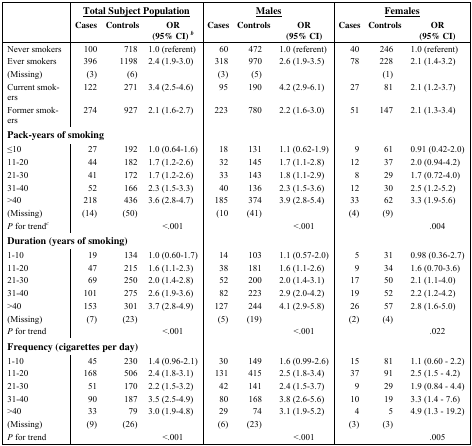
<table><thead><tr><td></td><td colspan="3"><b><underline>Total Subject Population</underline></b></td><td colspan="3"><b><underline>Males</underline></b></td><td colspan="3"><b><underline>Females</underline></b></td></tr><tr><td></td><td><b>Cases</b></td><td><b>Controls</b></td><td><b>OR (95% CI)<sup><i>b</i></sup></b></td><td><b>Cases</b></td><td><b>Controls</b></td><td><b>OR (95% CI)</b></td><td><b>Cases</b></td><td><b>Controls</b></td><td><b>OR (95% CI)</b></td></tr></thead><tbody><tr><td>Never smokers</td><td>100</td><td>718</td><td>1.0 (referent)</td><td>60</td><td>472</td><td>1.0 (referent)</td><td>40</td><td>246</td><td>1.0 (referent)</td></tr><tr><td>Ever smokers</td><td>396</td><td>1198</td><td>2.4 (1.9–3.0)</td><td>318</td><td>970</td><td>2.6 (1.9–3.5)</td><td>78</td><td>228</td><td>2.1 (1.4–3.2)</td></tr><tr><td>(Missing)</td><td>(3)</td><td>(6)</td><td></td><td>(3)</td><td>(5)</td><td></td><td></td><td>(1)</td><td></td></tr><tr><td>Current smokers</td><td>122</td><td>271</td><td>3.4 (2.5–4.6)</td><td>95</td><td>190</td><td>4.2 (2.9–6.1)</td><td>27</td><td>81</td><td>2.1 (1.2–3.7)</td></tr><tr><td>Former smokers</td><td>274</td><td>927</td><td>2.1 (1.6–2.7)</td><td>223</td><td>780</td><td>2.2 (1.6–3.0)</td><td>51</td><td>147</td><td>2.1 (1.3–3.4)</td></tr><tr><td colspan="10"><b>Pack-years of smoking</b></td></tr><tr><td>≤ 10</td><td>27</td><td>192</td><td>1.0 (0.64–1.6)</td><td>18</td><td>131</td><td>1.1 (0.62–1.9)</td><td>9</td><td>61</td><td>0.91 (0.42–2.0)</td></tr><tr><td>11–20</td><td>44</td><td>182</td><td>1.7 (1.2–2.6)</td><td>32</td><td>145</td><td>1.7 (1.1–2.8)</td><td>12</td><td>37</td><td>2.0 (0.94–4.2)</td></tr><tr><td>21–30</td><td>41</td><td>172</td><td>1.7 (1.2–2.6)</td><td>33</td><td>143</td><td>1.8 (1.1–2.9)</td><td>8</td><td>29</td><td>1.7 (0.72–4.0)</td></tr><tr><td>31–40</td><td>52</td><td>166</td><td>2.3 (1.5–3.3)</td><td>40</td><td>136</td><td>2.3 (1.5–3.6)</td><td>12</td><td>30</td><td>2.5 (1.2–5.2)</td></tr><tr><td>&gt; 40</td><td>218</td><td>436</td><td>3.6 (2.8–4.7)</td><td>185</td><td>374</td><td>3.9 (2.8–5.4)</td><td>33</td><td>62</td><td>3.3 (1.9–5.6)</td></tr><tr><td>(Missing)</td><td>(14)</td><td>(50)</td><td></td><td>(10</td><td>(41)</td><td></td><td>(4)</td><td>(9)</td><td></td></tr><tr><td><i>P </i>for trend<sup><i>c</i></sup></td><td></td><td></td><td>&lt; .001</td><td></td><td></td><td>&lt; .001</td><td></td><td></td><td>.004</td></tr><tr><td colspan="10"><b>Duration (years of smoking)</b></td></tr><tr><td>1–10</td><td>19</td><td>134</td><td>1.0 (0.60–1.7)</td><td>14</td><td>103</td><td>1.1 (0.57–2.0)</td><td>5</td><td>31</td><td>0.98 (0.36–2.7)</td></tr><tr><td>11–20</td><td>47</td><td>215</td><td>1.6 (1.1–2.3)</td><td>38</td><td>181</td><td>1.6 (1.1–2.6)</td><td>9</td><td>34</td><td>1.6 (0.70–3.6)</td></tr><tr><td>21–30</td><td>69</td><td>250</td><td>2.0 (1.4–2.8)</td><td>52</td><td>200</td><td>2.0 (1.4–3.1)</td><td>17</td><td>50</td><td>2.1 (1.1–4.0)</td></tr><tr><td>31–40</td><td>101</td><td>275</td><td>2.6 (1.9–3.6)</td><td>82</td><td>223</td><td>2.9 (2.0–4.2)</td><td>19</td><td>52</td><td>2.2 (1.2–4.2)</td></tr><tr><td>&gt; 40</td><td>153</td><td>301</td><td>3.7 (2.8–4.9)</td><td>127</td><td>244</td><td>4.1 (2.9–5.8)</td><td>26</td><td>57</td><td>2.8 (1.6–5.0)</td></tr><tr><td>(Missing)</td><td>(7)</td><td>(23)</td><td></td><td>(5)</td><td>(19)</td><td></td><td>(2)</td><td>(4)</td><td></td></tr><tr><td><i>P </i>for trend</td><td></td><td></td><td>&lt; .001</td><td></td><td></td><td>&lt; .001</td><td></td><td></td><td>.022</td></tr><tr><td colspan="10"><b>Frequency (cigarettes per day)</b></td></tr><tr><td>1–10</td><td>45</td><td>230</td><td>1.4 (0.96–2.1)</td><td>30</td><td>149</td><td>1.6 (0.99–2.6)</td><td>15</td><td>81</td><td>1.1 (0.60 – 2.2)</td></tr><tr><td>11–20</td><td>168</td><td>506</td><td>2.4 (1.8–3.1)</td><td>131</td><td>415</td><td>2.5 (1.8–3.4)</td><td>37</td><td>91</td><td>2.5 (1.5 – 4.2)</td></tr><tr><td>21–30</td><td>51</td><td>170</td><td>2.2 (1.5–3.2)</td><td>42</td><td>141</td><td>2.4 (1.5–3.7)</td><td>9</td><td>29</td><td>1.9 (0.84 – 4.4)</td></tr><tr><td>31–40</td><td>90</td><td>187</td><td>3.5 (2.5–4.9)</td><td>80</td><td>168</td><td>3.8 (2.6–5.6)</td><td>10</td><td>19</td><td>3.3 (1.4 – 7.6)</td></tr><tr><td>&gt; 40</td><td>33</td><td>79</td><td>3.0 (1.9–4.8)</td><td>29</td><td>74</td><td>3.1 (1.9–5.2)</td><td>4</td><td>5</td><td>4.9 (1.3 – 19.2)</td></tr><tr><td>(Missing)</td><td>(9)</td><td>(26)</td><td></td><td>(6)</td><td>(23)</td><td></td><td>(3)</td><td>(3)</td><td></td></tr><tr><td><i>P </i>for trend</td><td></td><td></td><td>&lt; .001</td><td></td><td></td><td>&lt; .001</td><td></td><td></td><td>.005</td></tr></tbody></table>